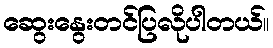
ဆွေးနွေးတင်ပြလိုပါတယ်။